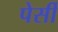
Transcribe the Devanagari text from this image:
पेर्सी